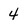
Character: 4